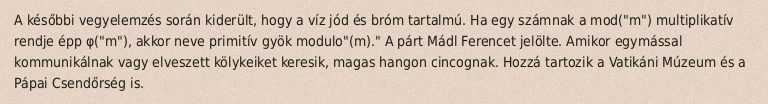
A későbbi vegyelemzés során kiderült, hogy a víz jód és bróm tartalmú. Ha egy számnak a mod("m") multiplikatív rendje épp φ("m"), akkor neve primitív gyök modulo"(m)." A párt Mádl Ferencet jelölte. Amikor egymással kommunikálnak vagy elveszett kölykeiket keresik, magas hangon cincognak. Hozzá tartozik a Vatikáni Múzeum és a Pápai Csendőrség is.